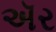
ઍર